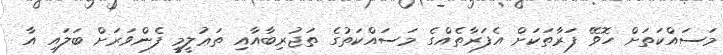
މަސައްކަތަށް ހޮވޭ ފަރާތަކަށް އެފަރާތެއްގެ މަސައްކަތުގެ ތަޖުރިބާއާއި ތަޢުލީމީ ފެންވަރަށް ބަލައި އާ